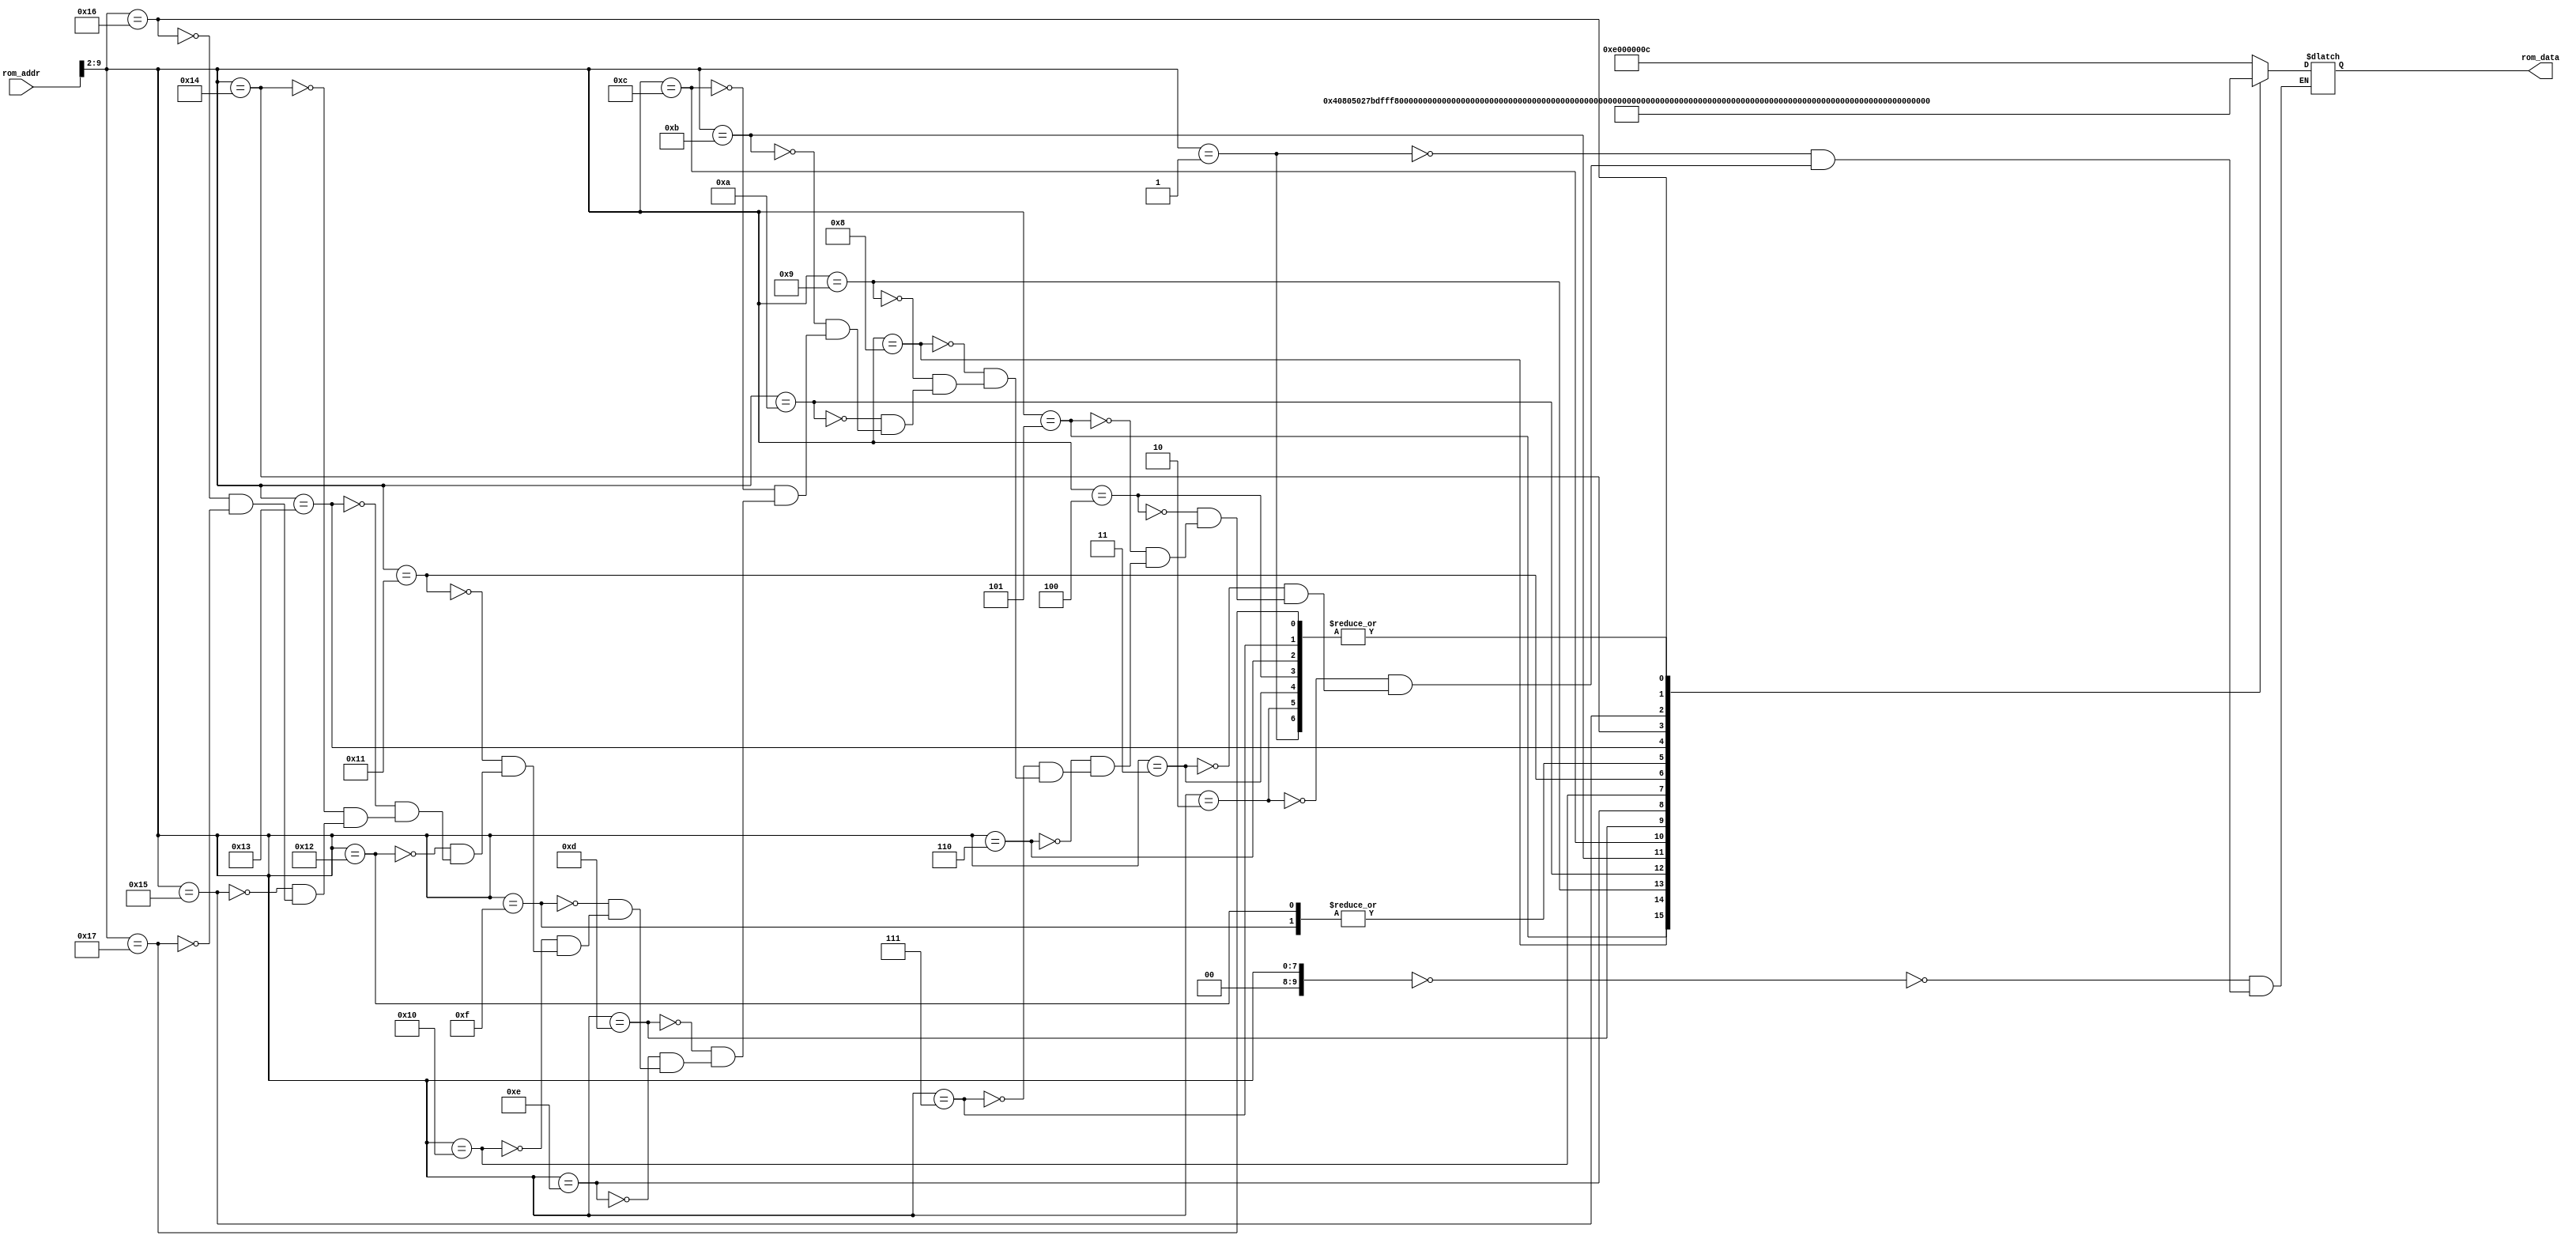
/*******************/
/* rom8x1024_sim.v */
/*******************/

//                  +----+
//  rom_addr[11:0]->|    |->rom_data[31:0]
//                  +----+

//
// ROM
//

module rom8x1024_sim (rom_addr, rom_data);

  input   [11:0]  rom_addr;  // 12-bit 
  output  [31:0]  rom_data;  // 32-bit 

  reg     [31:0]  data;

  // Wire
  wire     [9:0]  word_addr; // 10-bit address, word

  assign word_addr = rom_addr[9:2];
   
  always @(word_addr) begin
    case (word_addr)
      10'h000: data = 32'he000000c; // 00400000: other type! opcode=56(10)
      10'h001: data = 32'h00000000; // 00400004: SLL, REG[0]<=REG[0]<<0;
      10'h002: data = 32'h00000000; // 00400008: SLL, REG[0]<=REG[0]<<0;
      10'h003: data = 32'h00000000; // 0040000c: SLL, REG[0]<=REG[0]<<0;
      10'h004: data = 32'h00000000; // 00400010: SLL, REG[0]<=REG[0]<<0;
      10'h005: data = 32'h00408050; // 00400014: R type, unknown. func=16(10)
      10'h006: data = 32'h00000000; // 00400018: SLL, REG[0]<=REG[0]<<0;
      10'h007: data = 32'h00000000; // 0040001c: SLL, REG[0]<=REG[0]<<0;
      10'h008: data = 32'h27bdfff8; // 00400020: ADDIU, REG[29]<=REG[29]+65528(=0x0000fff8);
      10'h009: data = 32'hafbe0000; // 00400024: SW, RAM[REG[29]+0]<=REG[30];
      10'h00a: data = 32'h03a0f021; // 00400028: ADDU, REG[30]<=REG[29]+REG[0];
      10'h00b: data = 32'h24020300; // 0040002c: ADDIU, REG[2]<=REG[0]+768(=0x00000300);
      10'h00c: data = 32'hac400000; // 00400030: SW, RAM[REG[2]+0]<=REG[0];
      10'h00d: data = 32'h24030304; // 00400034: ADDIU, REG[3]<=REG[0]+772(=0x00000304);
      10'h00e: data = 32'h24020002; // 00400038: ADDIU, REG[2]<=REG[0]+2(=0x00000002);
      10'h00f: data = 32'hac620000; // 0040003c: SW, RAM[REG[3]+0]<=REG[2];
      10'h010: data = 32'h24030300; // 00400040: ADDIU, REG[3]<=REG[0]+768(=0x00000300);
      10'h011: data = 32'h24020001; // 00400044: ADDIU, REG[2]<=REG[0]+1(=0x00000001);
      10'h012: data = 32'hac620000; // 00400048: SW, RAM[REG[3]+0]<=REG[2];
      10'h013: data = 32'h03c0e821; // 0040004c: ADDU, REG[29]<=REG[30]+REG[0];
      10'h014: data = 32'h8fbe0000; // 00400050: LW, REG[30]<=RAM[REG[29]+0];
      10'h015: data = 32'h27bd0008; // 00400054: ADDIU, REG[29]<=REG[29]+8(=0x00000008);
      10'h016: data = 32'h03e00008; // 00400058: JR, PC<=REG[31];
      10'h017: data = 32'h00000000; // 0040005c: SLL, REG[0]<=REG[0]<<0;
    endcase
  end

  assign rom_data = data;
endmodule